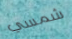
شمسي